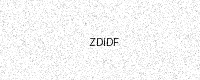
Text: ZDIDF